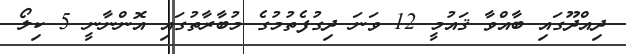
ދިއްދޫގައި ބާއްވާ ޤައުމީ 12 ވަނަ ދިގުފެތުމުގެ މުބާރާތުގައި އޮންނާނީ 5 ކިލޯ